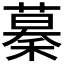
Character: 𥡡